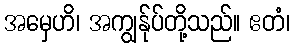
အမှေဟိ၊ အကျွန်ုပ်တို့သည်။ ဧတံ၊